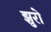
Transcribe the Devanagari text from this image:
झुरो